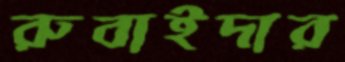
রুবাইদার